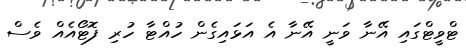
ޓްވީޓްގައި އޭނާ ވަނީ އޭނާ އެ އަޅައިގެން ހުއްޓާ ހުރި ފޮޓޯއެއް ވެސް